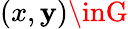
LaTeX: (x,\mathbf{y})\inG